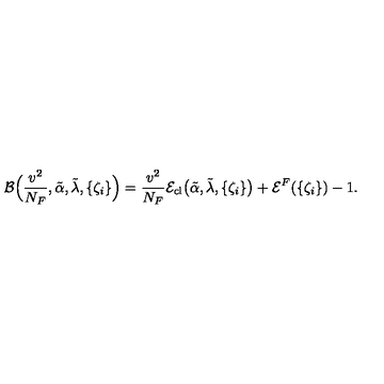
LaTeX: { \cal B } \Bigl ( \frac { v ^ { 2 } } { N _ { F } } , \tilde { \alpha } , \tilde { \lambda } , \{ \zeta _ { i } \} \Bigr ) = \frac { v ^ { 2 } } { N _ { F } } { \cal E } _ { \mathrm { c l } } \bigl ( \tilde { \alpha } , \tilde { \lambda } , \{ \zeta _ { i } \} \bigr ) + { \cal E } ^ { F } ( \{ \zeta _ { i } \} ) - 1 .